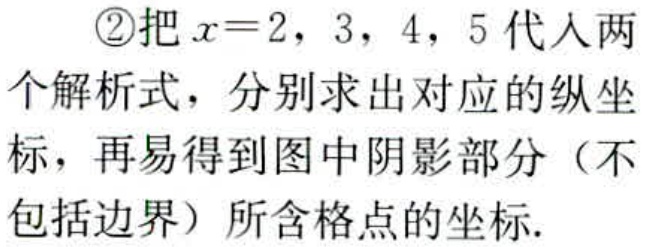
\textcircled{2}把\(x = 2,3,4,5\)代入两个解析式，分别求出对应的纵坐标，再易得到图中阴影部分（不包括边界）所含格点的坐标.